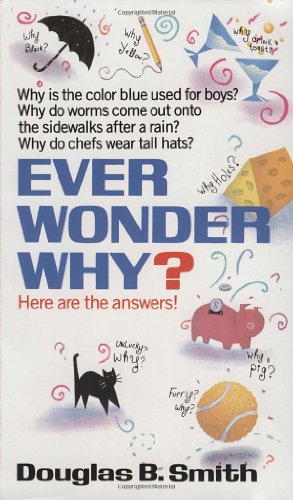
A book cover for Ever Wonder Why?; Douglas B. Smith; Humor & Entertainment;